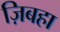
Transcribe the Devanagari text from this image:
ज़िबहा